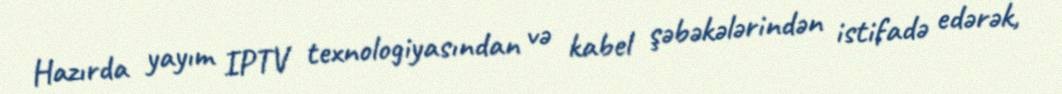
Hazırda yayım IPTV texnologiyasından və kabel şəbəkələrindən istifadə edərək,